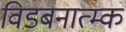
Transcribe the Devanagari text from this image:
विडबनात्म्क